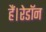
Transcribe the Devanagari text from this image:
हैं।रेडॉन